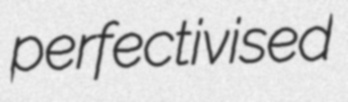
perfectivised